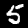
Digit: 5